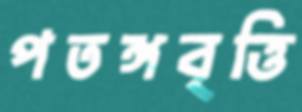
পতঙ্গবৃত্তি